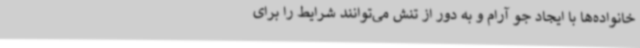
خانواده‌ها با ایجاد جو آرام و به دور از تنش می‌توانند شرایط را برای